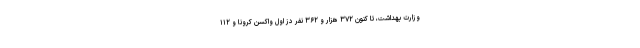
وزارت بهداشت، تا کنون ۳۷۲ هزار و ۳۶۲ نفر دُز اول واکسن کرونا و ۱۱۲